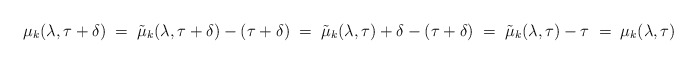
\begin{align*}\mu_k(\lambda, \tau + \delta) \; =\; \tilde{\mu}_k(\lambda, \tau + \delta) - (\tau + \delta) \; =\; \tilde{\mu}_k(\lambda, \tau) + \delta - (\tau + \delta)\; =\; \tilde{\mu}_k(\lambda, \tau) - \tau \; =\; \mu_k(\lambda, \tau)\end{align*}